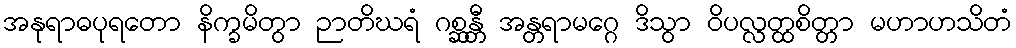
အနုရာဓပုရတော နိက္ခမိတွာ ဉာတိဃရံ ဂစ္ဆန္တီ အန္တရာမဂ္ဂေ ဒိသွာ ဝိပလ္လတ္ထစိတ္တာ မဟာဟသိတံ